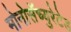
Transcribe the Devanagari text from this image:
मोनोसॅच्युरेटेड